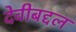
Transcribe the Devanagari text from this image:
देवीबद्दल